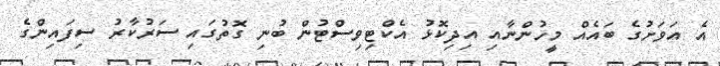
އެ އަވަށުގެ ބައެއް މީހުންނާއި އިދިކޮޅު އެކްޓިވިސްޓުން ބުނި ގޮތުގައި ސަރުކާރު ސިފައިންގެ